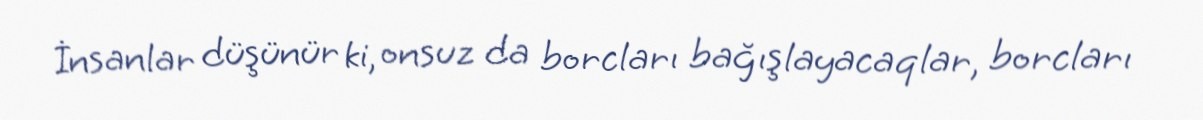
İnsanlar düşünür ki, onsuz da borcları bağışlayacaqlar, borcları